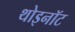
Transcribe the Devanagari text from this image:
थोइनॉट